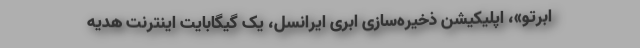
ابرتو»، اپلیکیشن ذخیره‌سازی ابری ایرانسل، یک گیگابایت اینترنت هدیه